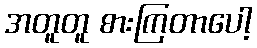
အတူတူ စားကြတာပေါ့